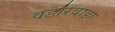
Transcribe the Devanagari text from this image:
वडारवाडा